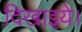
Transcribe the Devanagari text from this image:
दिखाइये।